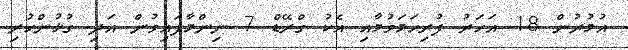
އުމުރުން 18 އަހަރު ފުރިހަމަވުމާއި އެކު ގްރޭޑް 7 ނިންމާފައިވުން އަދި ގުޅުންހުރި